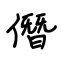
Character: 僭